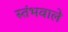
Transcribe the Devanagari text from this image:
स्तंभवाले